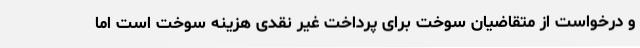
و درخواست از متقاضیان سوخت برای پرداخت غیر نقدی هزینه سوخت است اما